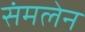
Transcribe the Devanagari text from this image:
संमलेन